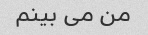
من می بینم